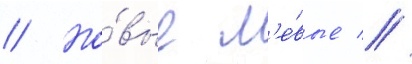
// Но́вые л'е́вые //